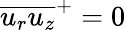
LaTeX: \overline{{u_{r}u_{z}}}^{+}=0